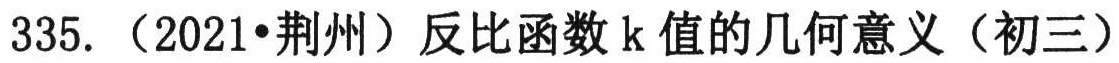
335. （2021•荆州）反比函数\(k\)值的几何意义（初三）